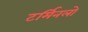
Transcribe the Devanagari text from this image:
टर्मिनलो